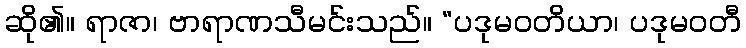
ဆို၏။ ရာဇာ၊ ဗာရာဏသီမင်းသည်။ “ပဒုမဝတိယာ၊ ပဒုမဝတီ